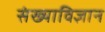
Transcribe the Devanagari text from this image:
संख्याविज्ञान